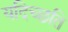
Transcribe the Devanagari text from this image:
यदिच्छति